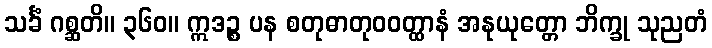
သင်္ခံ ဂစ္ဆတိ။ ၃၆၀။ ဣဒဉ္စ ပန စတုဓာတုဝဝတ္ထာနံ အနုယုတ္တော ဘိက္ခု သုညတံ